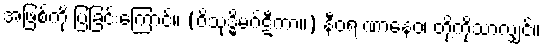
အဖြစ်ကို ပြခြင်းကြောင့်။ (ဝိသုဒ္ဓိမဂ်ဋီကာ။) နီဝရ ဏာနေဝ၊ တို့ကိုသာလျှင်။